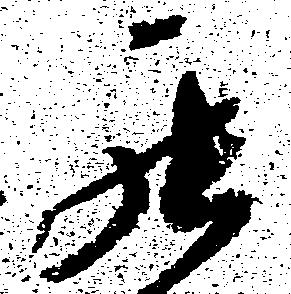
罷